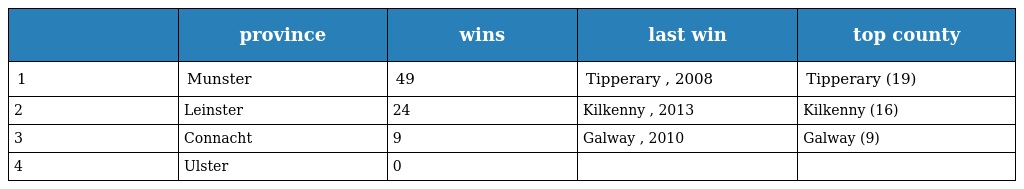
|  | province | wins | last win | top county |
 | --- | --- | --- | --- | --- |
 | 1 | Munster | 49 | Tipperary , 2008 | Tipperary (19) |
 | 2 | Leinster | 24 | Kilkenny , 2013 | Kilkenny (16) |
 | 3 | Connacht | 9 | Galway , 2010 | Galway (9) |
 | 4 | Ulster | 0 |  |  |